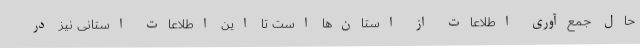
حال جمع‌آوری اطلاعات از استان‌ها است تا این اطلاعات استانی نیز در